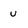
Character: u